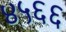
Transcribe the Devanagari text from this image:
४५६६